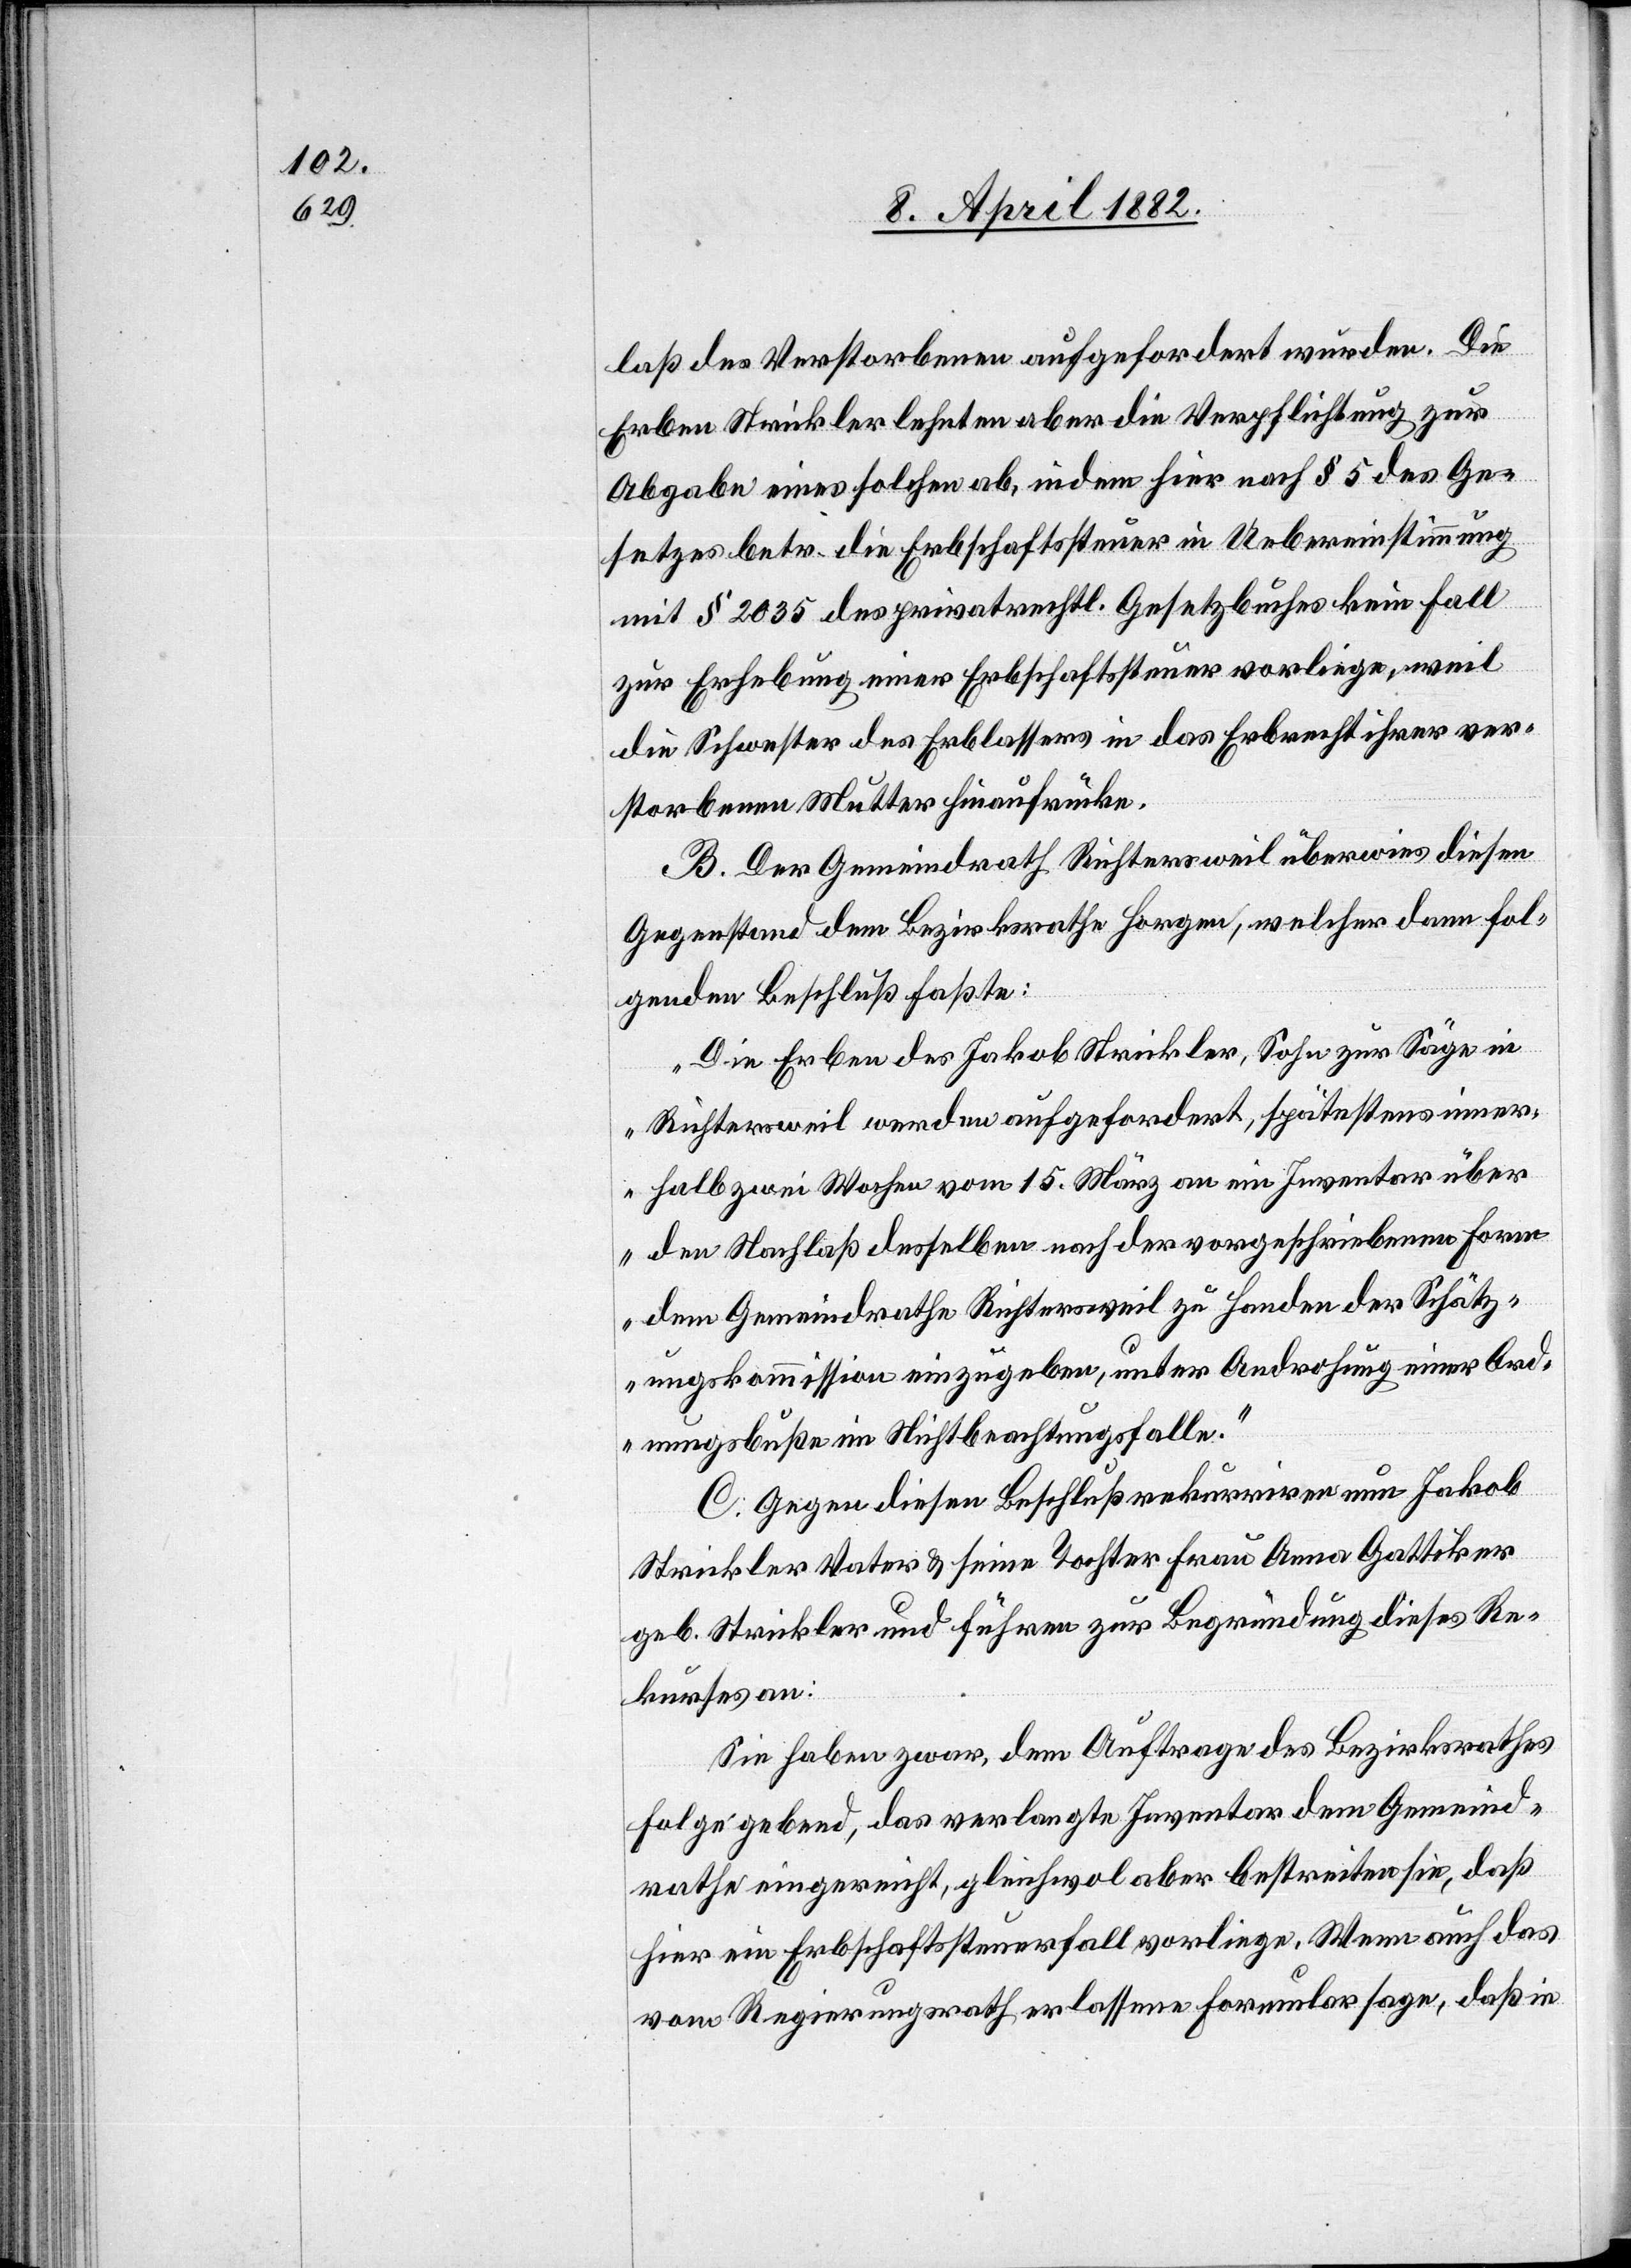
laß des Verstorbenen aufgefordert wurden. Die
Erben Strickler lehnten aber die Verpflichtung zur
Abgabe eines solchen ab, indem hier nach § 5 des Ge¬
setzes betr. die Erbschaftssteuer in Uebereinstimmung
mit § 2035 des privatrechtl. Gesetzbuches kein Fall
zur Erhebung einer Erbschaftssteuer vorliege, weil
die Schwester des Erblassers in das Erbrecht ihrer ver¬
storbenen Mutter hinaufrücke.
B. Der Gemeindrath Richtersweil überwies diesen
Gegenstand dem Bezirksrathe Horgen, welcher dann fol¬
genden Beschluß faßte:
„Die Erben des Jakob Strickler, Sohn zur Säge in
Richtersweil werden aufgefordert, spätestens inner¬
halb zwei Wochen vom 15. März an ein Inventar über
den Nachlaß desselben nach der vorgeschriebenen Form
dem Gemeindrathe Richtersweil zu Handen der Schätz¬
ungskommission einzugeben, unter Androhung einer Ord¬
nungsbuße im Nichtbeachtungsfalle.“
C. Gegen diesen Beschluß rekurriren nun Jakob
Strickler Vater & seine Tochter Frau Anna Gattiker
geb. Strickler und führen zur Begründung dieses Re¬
kurses an:
Sie haben zwar, dem Auftrage des Bezirksrathes
Folge gebend, das verlangte Inventar dem Gemeind¬
rathe eingereicht, gleichwol aber bestreiten sie, daß
hier ein Erbschaftssteuerfall vorliege. Wenn auch das
vom Regierungsrath erlassene Formular sage, daß in